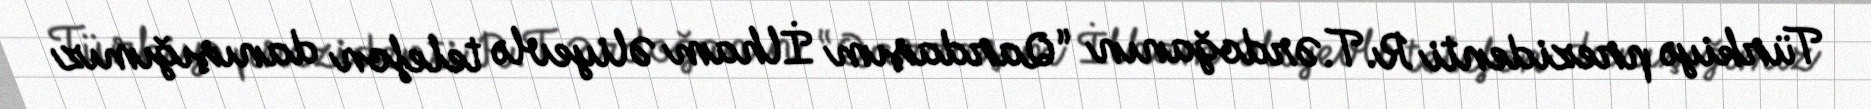
Türkiyə prezidenti R.T.Ərdoğanın “Qardaşım İlham Əliyevlə telefon danışığımız